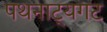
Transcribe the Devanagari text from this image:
पथनाट्यगट